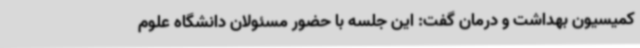
کمیسیون بهداشت و درمان گفت: این جلسه با حضور مسئولان دانشگاه علوم